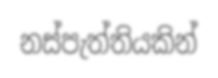
නස්පැත්තියකින්